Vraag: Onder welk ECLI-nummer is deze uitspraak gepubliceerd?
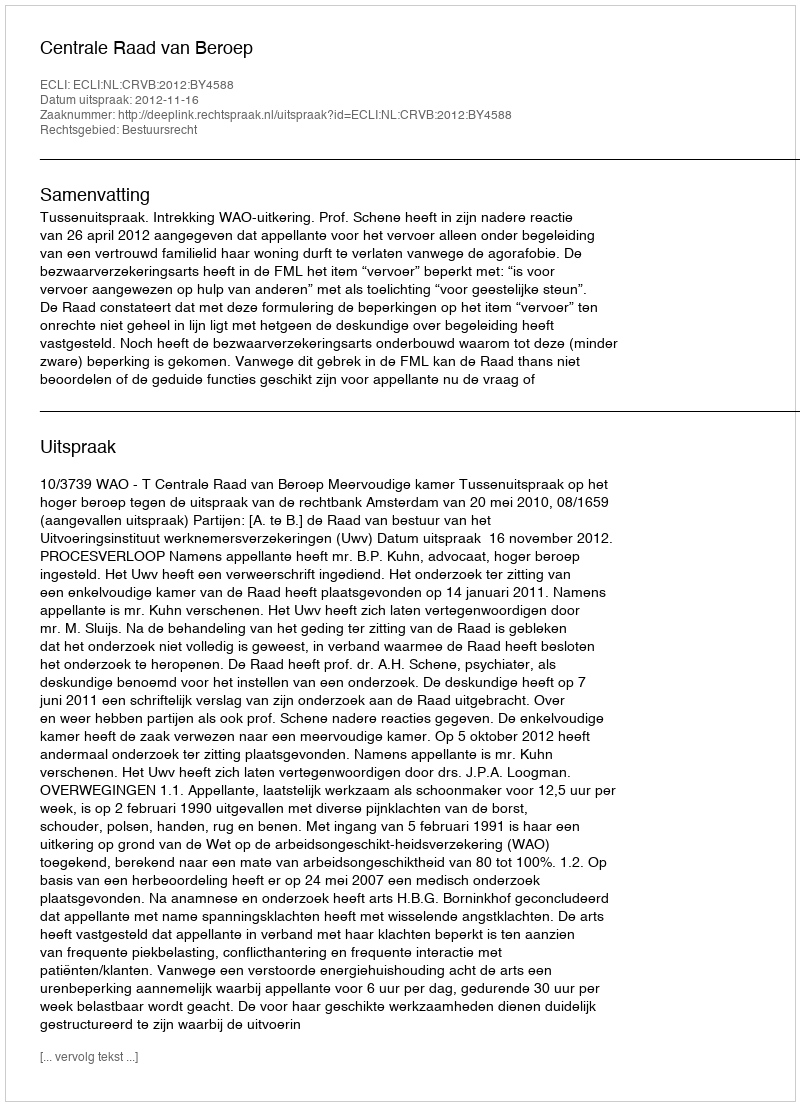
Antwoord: ECLI:NL:CRVB:2012:BY4588